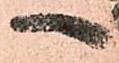
へ